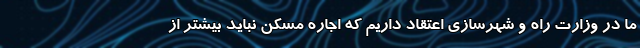
ما در وزارت راه و شهرسازی اعتقاد داریم که اجاره مسکن نباید بیشتر از